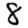
Digit: 8